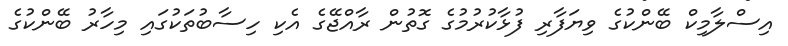
އިސްލާމިކް ބޭންކުގެ ވިޔަފާރި ފުޅާކުރުމުގެ ގޮތުން ރާއްޖޭގެ އެކި ހިސާބުތަކުގައި މިހާރު ބޭންކުގެ